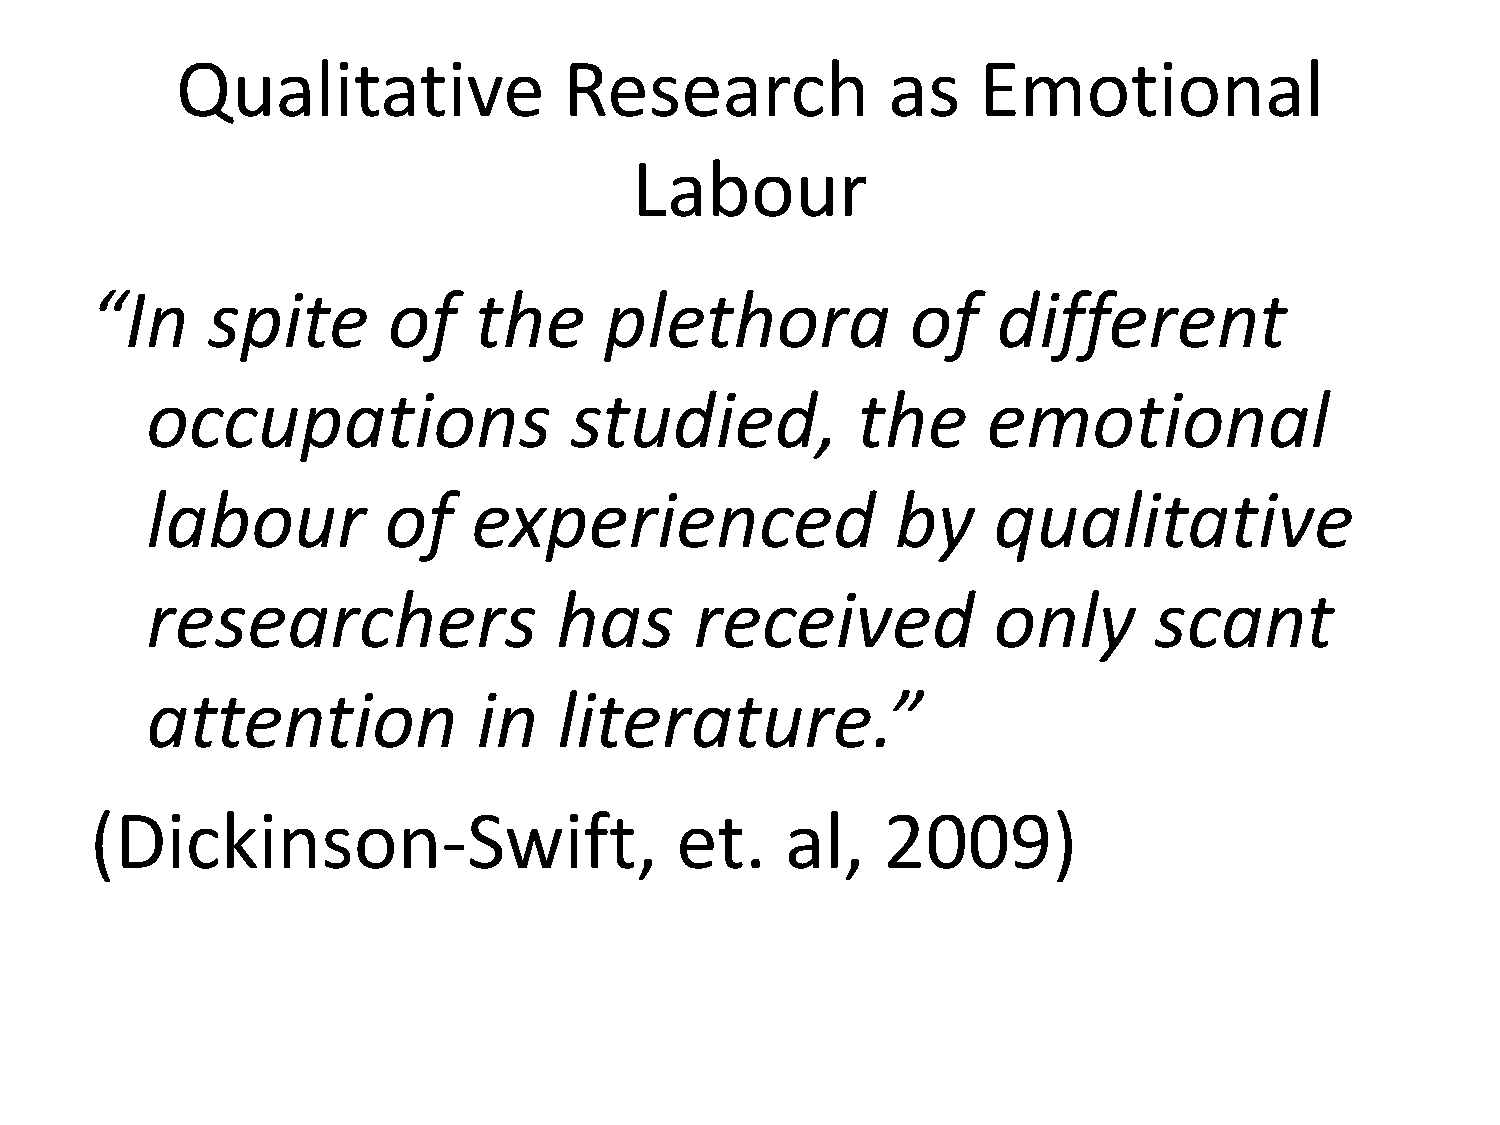
Qualitative              Research              as    Emotional
 Labour
 “In     spite       of   the      plethora            of    different
 occupations                 studied,           the     emotional
 labour         of    experienced                 by     qualitative
 researchers                has      received            only      scant
 attention             in   literature.”
 (Dickinson-Swift,                      et.    al,   2009)